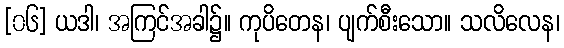
[၀၆] ယဒါ၊ အကြင်အခါ၌။ ကုပိတေန၊ ပျက်စီးသော။ သလိလေန၊